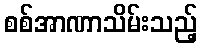
စစ်အာဏာသိမ်းသည့်